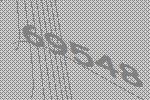
69548